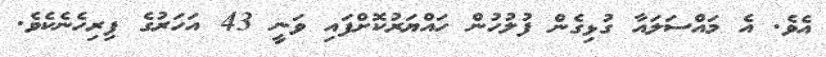
އެވެ. އެ މައްސަލައާ ގުޅިގެން ފުލުހުން ހައްޔަރުކޮށްފައި ވަނީ 43 އަހަރުގެ ފިރިހެނެކެވެ.